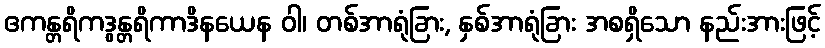
ဧကန္တရိကဒွန္တရိကာဒိနယေန ဝါ၊ တစ်အာရုံခြား, နှစ်အာရုံခြား အစရှိသော နည်းအားဖြင့်